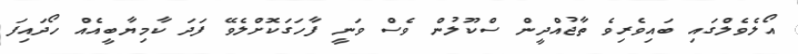
އޯލެވެލްގައި ބައިވެރިވެ ތާޖުއްދީން ސްކޫލުން ވެސް ވަނީ ފާހަގަކޮށްލެވޭ ފަދަ ކާމިޔާބީއެއް ހޯދައިފަ